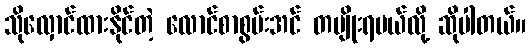
သိုလှောင်ထားနိုင်တဲ့ လောင်စာစွမ်းအင် တမျိုးရမယ်လို့ ဆိုပါတယ်။